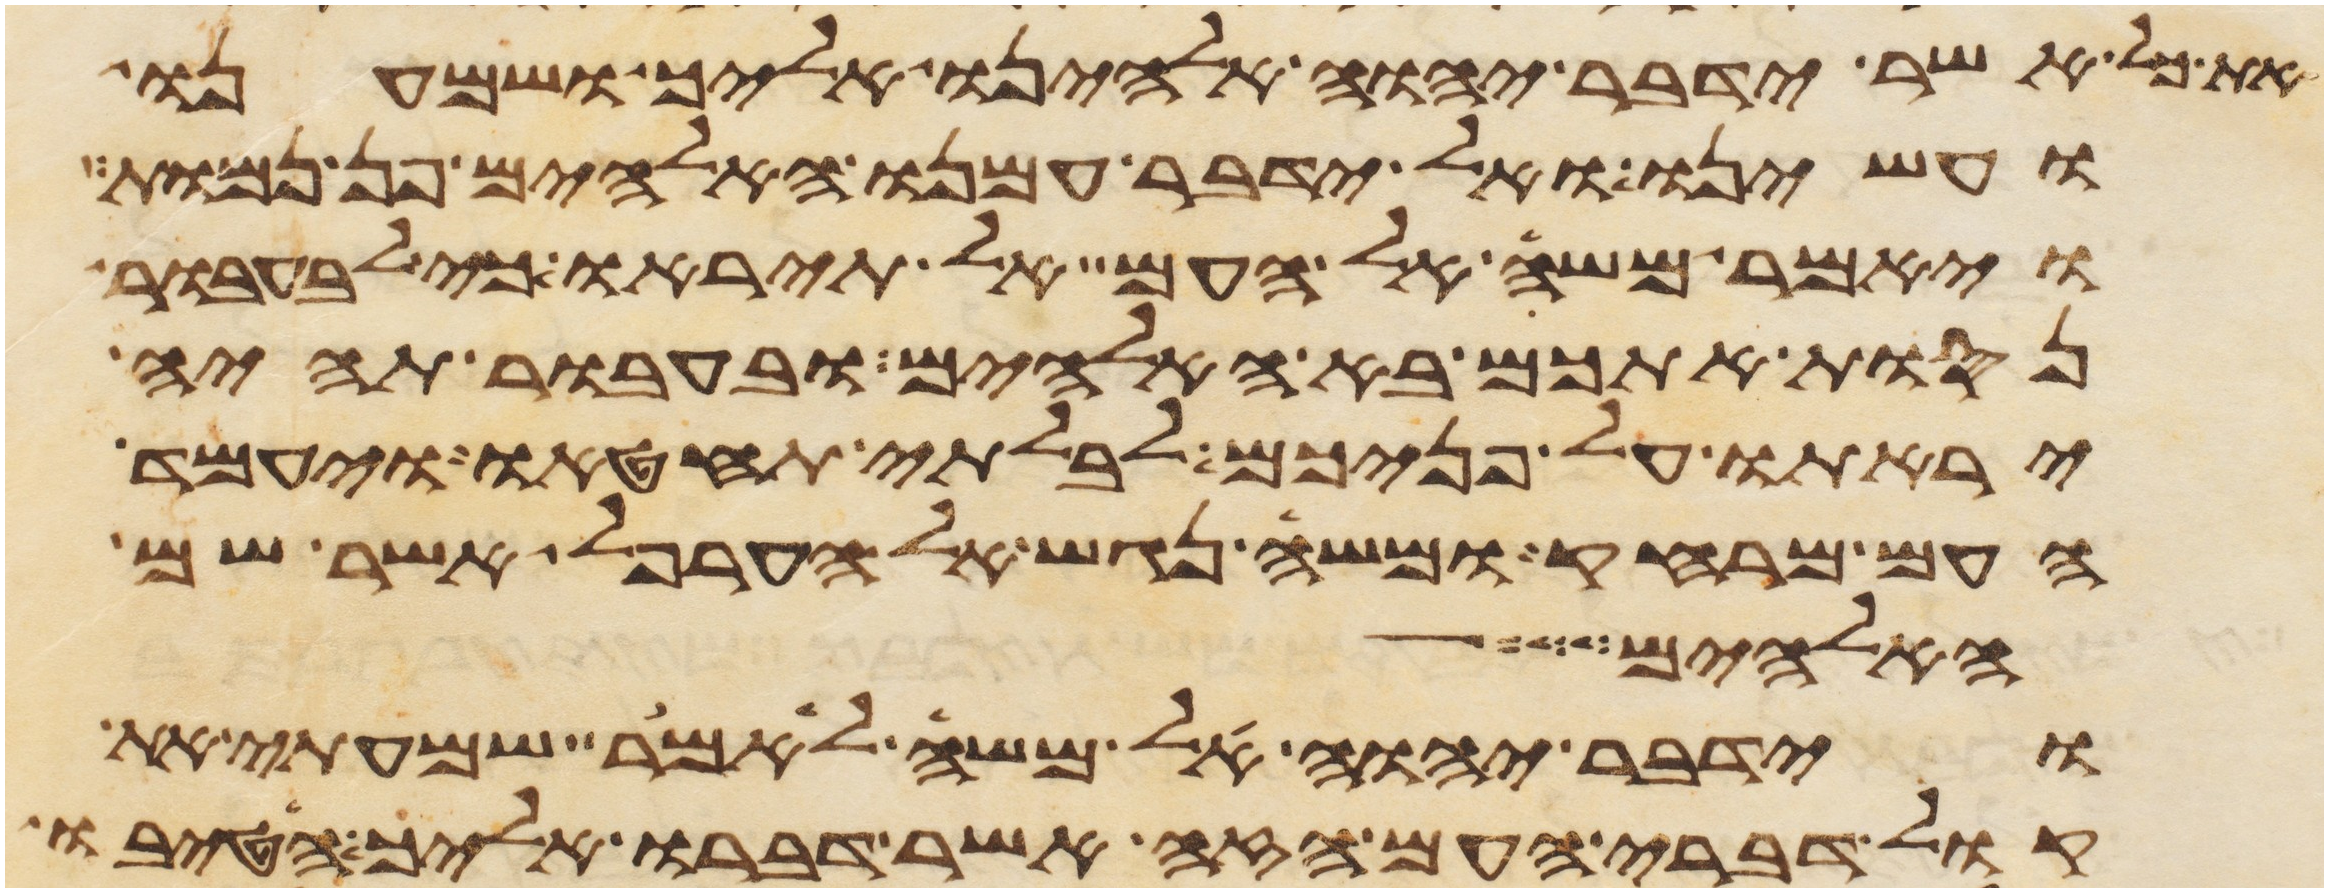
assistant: את כל אשר ידבר יהוה אלהינו אליך ושמענו
ועשינו ואל ידבר עמנו האלהים פן נמות
ויאמר משה אל העם אל תיראו כי לבעבור
נסות אתכם בא האלהים ובעבור תהיה
יראתו על פניכם לבלתי תחטאו ויעמד
העם מרחק ומשה נגש אל הערפל אשר שם
האלהים
וידבר יהוה אל משה לאמר שמעתי את
קול דברי העם הזה אשר דברו אליך הטיבו